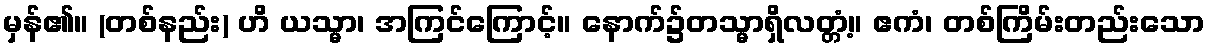
မှန်၏။ (တစ်နည်း) ဟိ ယသ္မာ၊ အကြင်ကြောင့်။ နောက်၌တသ္မာရှိလတ္တံ့။ ဧကံ၊ တစ်ကြိမ်းတည်းသော